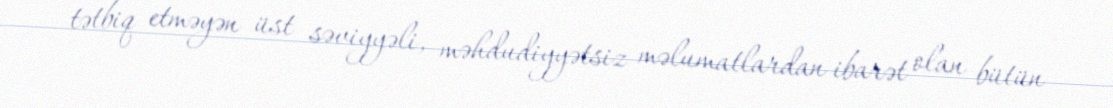
tətbiq etməyən üst səviyyəli, məhdudiyyətsiz məlumatlardan ibarət olan bütün